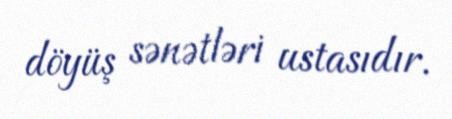
döyüş sənətləri ustasıdır.